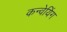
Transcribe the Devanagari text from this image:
कन्वेयिंग